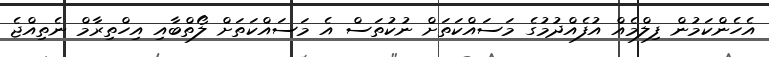
އެހެންކަމުން ފިލްމެއް އުފެއްދުމުގެ މަސައްކަތަށް ނުކުތަސް އެ މަސައްކަތަށް ލޯތްބާއި އިހްތިރާމް ނެތިއްޖެ